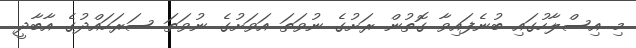
މި އިސްލާހުގައި ބުނެފައިވާ ގޮތުން ރަށުގެ ނުވަތަ އަވަށުގެ ނުވަތަ ސަރަހައްދުގެ އާބާދީ